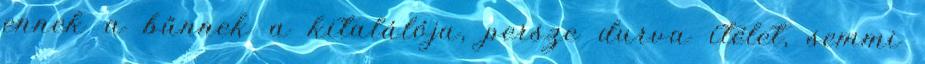
ennek a bűnnek a kitalálója, persze durva ítélet, semmi